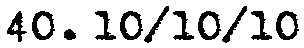
40. 10/10/10